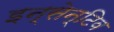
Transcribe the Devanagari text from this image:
इन्सेन्टिव